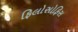
ફિલોસોફિસ